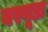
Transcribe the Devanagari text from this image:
बरबूडा